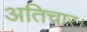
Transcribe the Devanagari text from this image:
अतिचार।